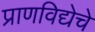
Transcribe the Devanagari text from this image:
प्राणविद्येचे